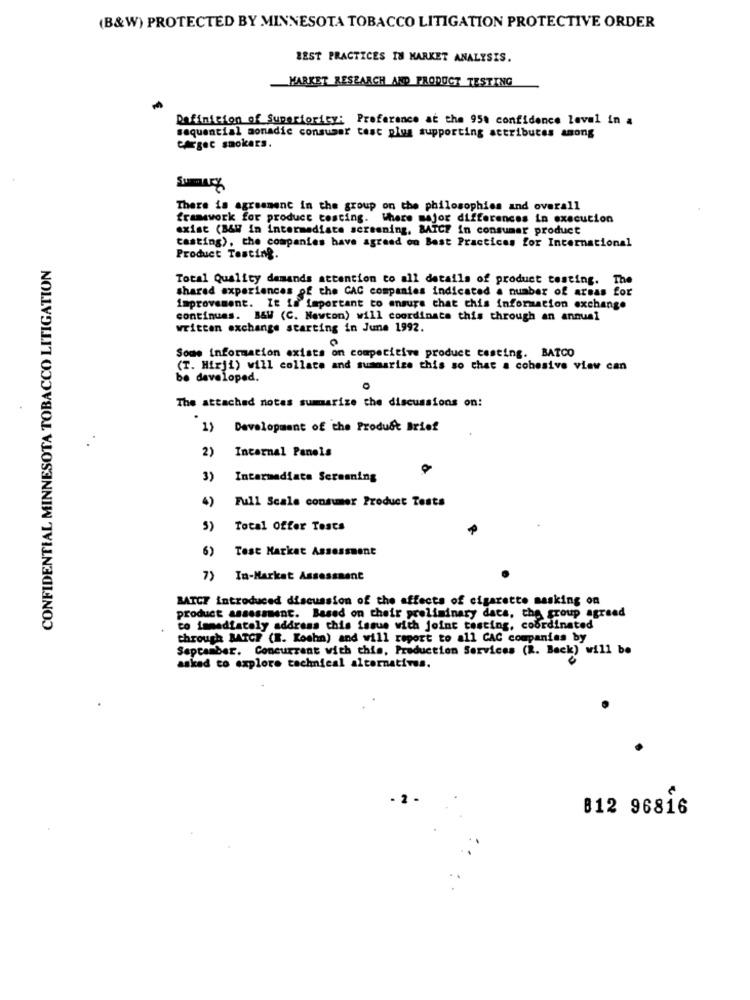
(B&W) PROTECTED BY MINNESOTA TOBACCO LITIGATION PROTECTIVE ORDER
BEST PRACTICES IN MARKET ANALYSIS.
MARKET RESEARCH AND PRODUCT TESTING
Definition of Superiority: Preference at the 95% confidence laval in a
sequential aonadie consumer test plus supporting attributes among
cargec smokers.
SumAry
There is agreement in the group on the philosophies and overall
framework for product testing. Where major differences in execution
exist (B&W in intermediate screening, BATCF in consumer product
casting), the companies have agreed on Best Practices for International
CONFIDENTIAL MINNESOTA TOBACCO LITIGATION
Product Testing.
Total Quality demands attention to all details of product testing. The
shared experiences of the CAC companies indicated a number of areas for
improvement. It is important to ensure that this information exchange
continues. B&W (C. Newton) will coordinate this through an annual
written exchange starting in June 1992.
Some information exists on competitive product testing. BATCO
(T. Hirji) will collate and summarize this so that a cohesive view can
be developed.
The attached notes summarize the discussions on:
1) Development of the Product Brief
2)
Incarnal Panels
3)
Intermediate Screening
4)
Full Scale consumer Product Tests
5) Total Offer Tests
6) Test Markat Assessment
7) In-Markat Assessment
BATCT introduced discussion of the affects of cigarette masking on
product assessment. Based on their preliminary daca, the group agreed
co immediately address this issue with joint testing, coordinated
through BATCH (R. Kochn) and will report to all CAC companies by
September. Concurrent with this, Production Services (R. Beck) will be
asked to explore technical alternatives.
B12 96816